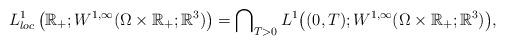
LaTeX: \begin{align*} L^1_{loc} \left({\mathbb{R}_+;W^{1,\infty } (\Omega \times\mathbb{R}_+;\mathbb{R}^3)} \right) = \bigcap\nolimits_{T > 0} {L^1 \big((0,T);W^{1,\infty } (\Omega \times\mathbb{R}_+;\mathbb{R}^3)\big)} ,\end{align*}